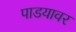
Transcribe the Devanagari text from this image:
पाडयावर